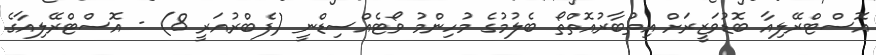
އޮސްޓްރޭލިއާ ބޮޑުވަޒީރަށް އިތުބާރުއޮތްތޯ ބެލުމުގެ މުހިންމު ވޯޓެއްސިޑްނީ (ފެބްރުއަރީ 8) - އޮސްޓްރޭލިއާގެ